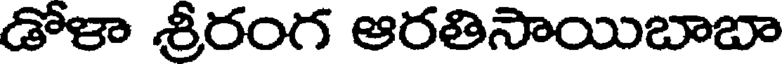
డోళా శ్రీరంగ ఆరతిసాయిబాబా